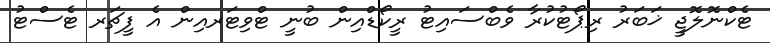
ޓެކްނޮލޮޖީ ޚަބަރު ރިޕޯޓުކުރާ ވެބްސައިޓު ރީކޯޑްއިން ބުނީ ޓްވިޓަރއިން އެ ފީޗަރ ޓެސްޓު